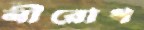
নীরোধ